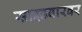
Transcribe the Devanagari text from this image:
साइडबारवर